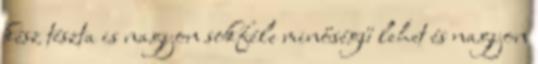
kész tészta is nagyon sokféle minőségű lehet és nagyon